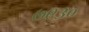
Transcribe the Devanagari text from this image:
७९३०